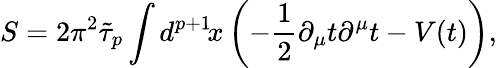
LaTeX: S=2\pi^{2}\tilde{\tau}_{p}\int d^{p+1}\! x\left(-\frac{1}{2}\partial_{\mu}t\partial^{\mu}t-V(t)\right),